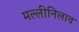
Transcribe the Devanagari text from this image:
मल्लीनिलाव